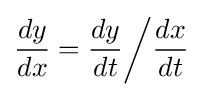
{\frac {dy}{dx}}={\frac {dy}{dt}}{\bigg /}{\frac {dx}{dt}}